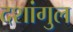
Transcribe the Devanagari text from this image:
दशांगुल